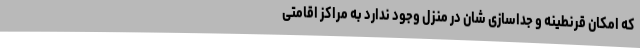
که امکان قرنطینه و جداسازی شان در منزل وجود ندارد به مراکز اقامتی